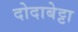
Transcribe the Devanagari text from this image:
दोदाबेट्टा